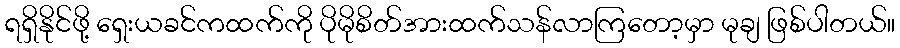
ရရှိနိုင်ဖို့ ရှေးယခင်ကထက်ကို ပိုမိုစိတ်အားထက်သန်လာကြတော့မှာ မုချ ဖြစ်ပါတယ်။